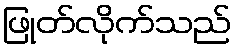
ဖြုတ်လိုက်သည်